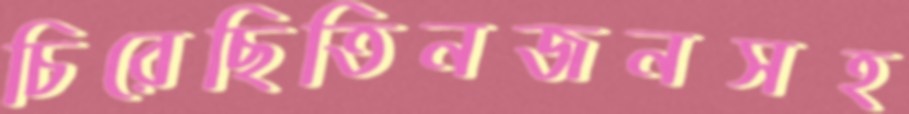
চিরেছিতিনজনসহ